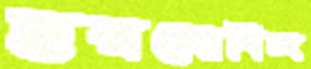
হরগোবিন্দ